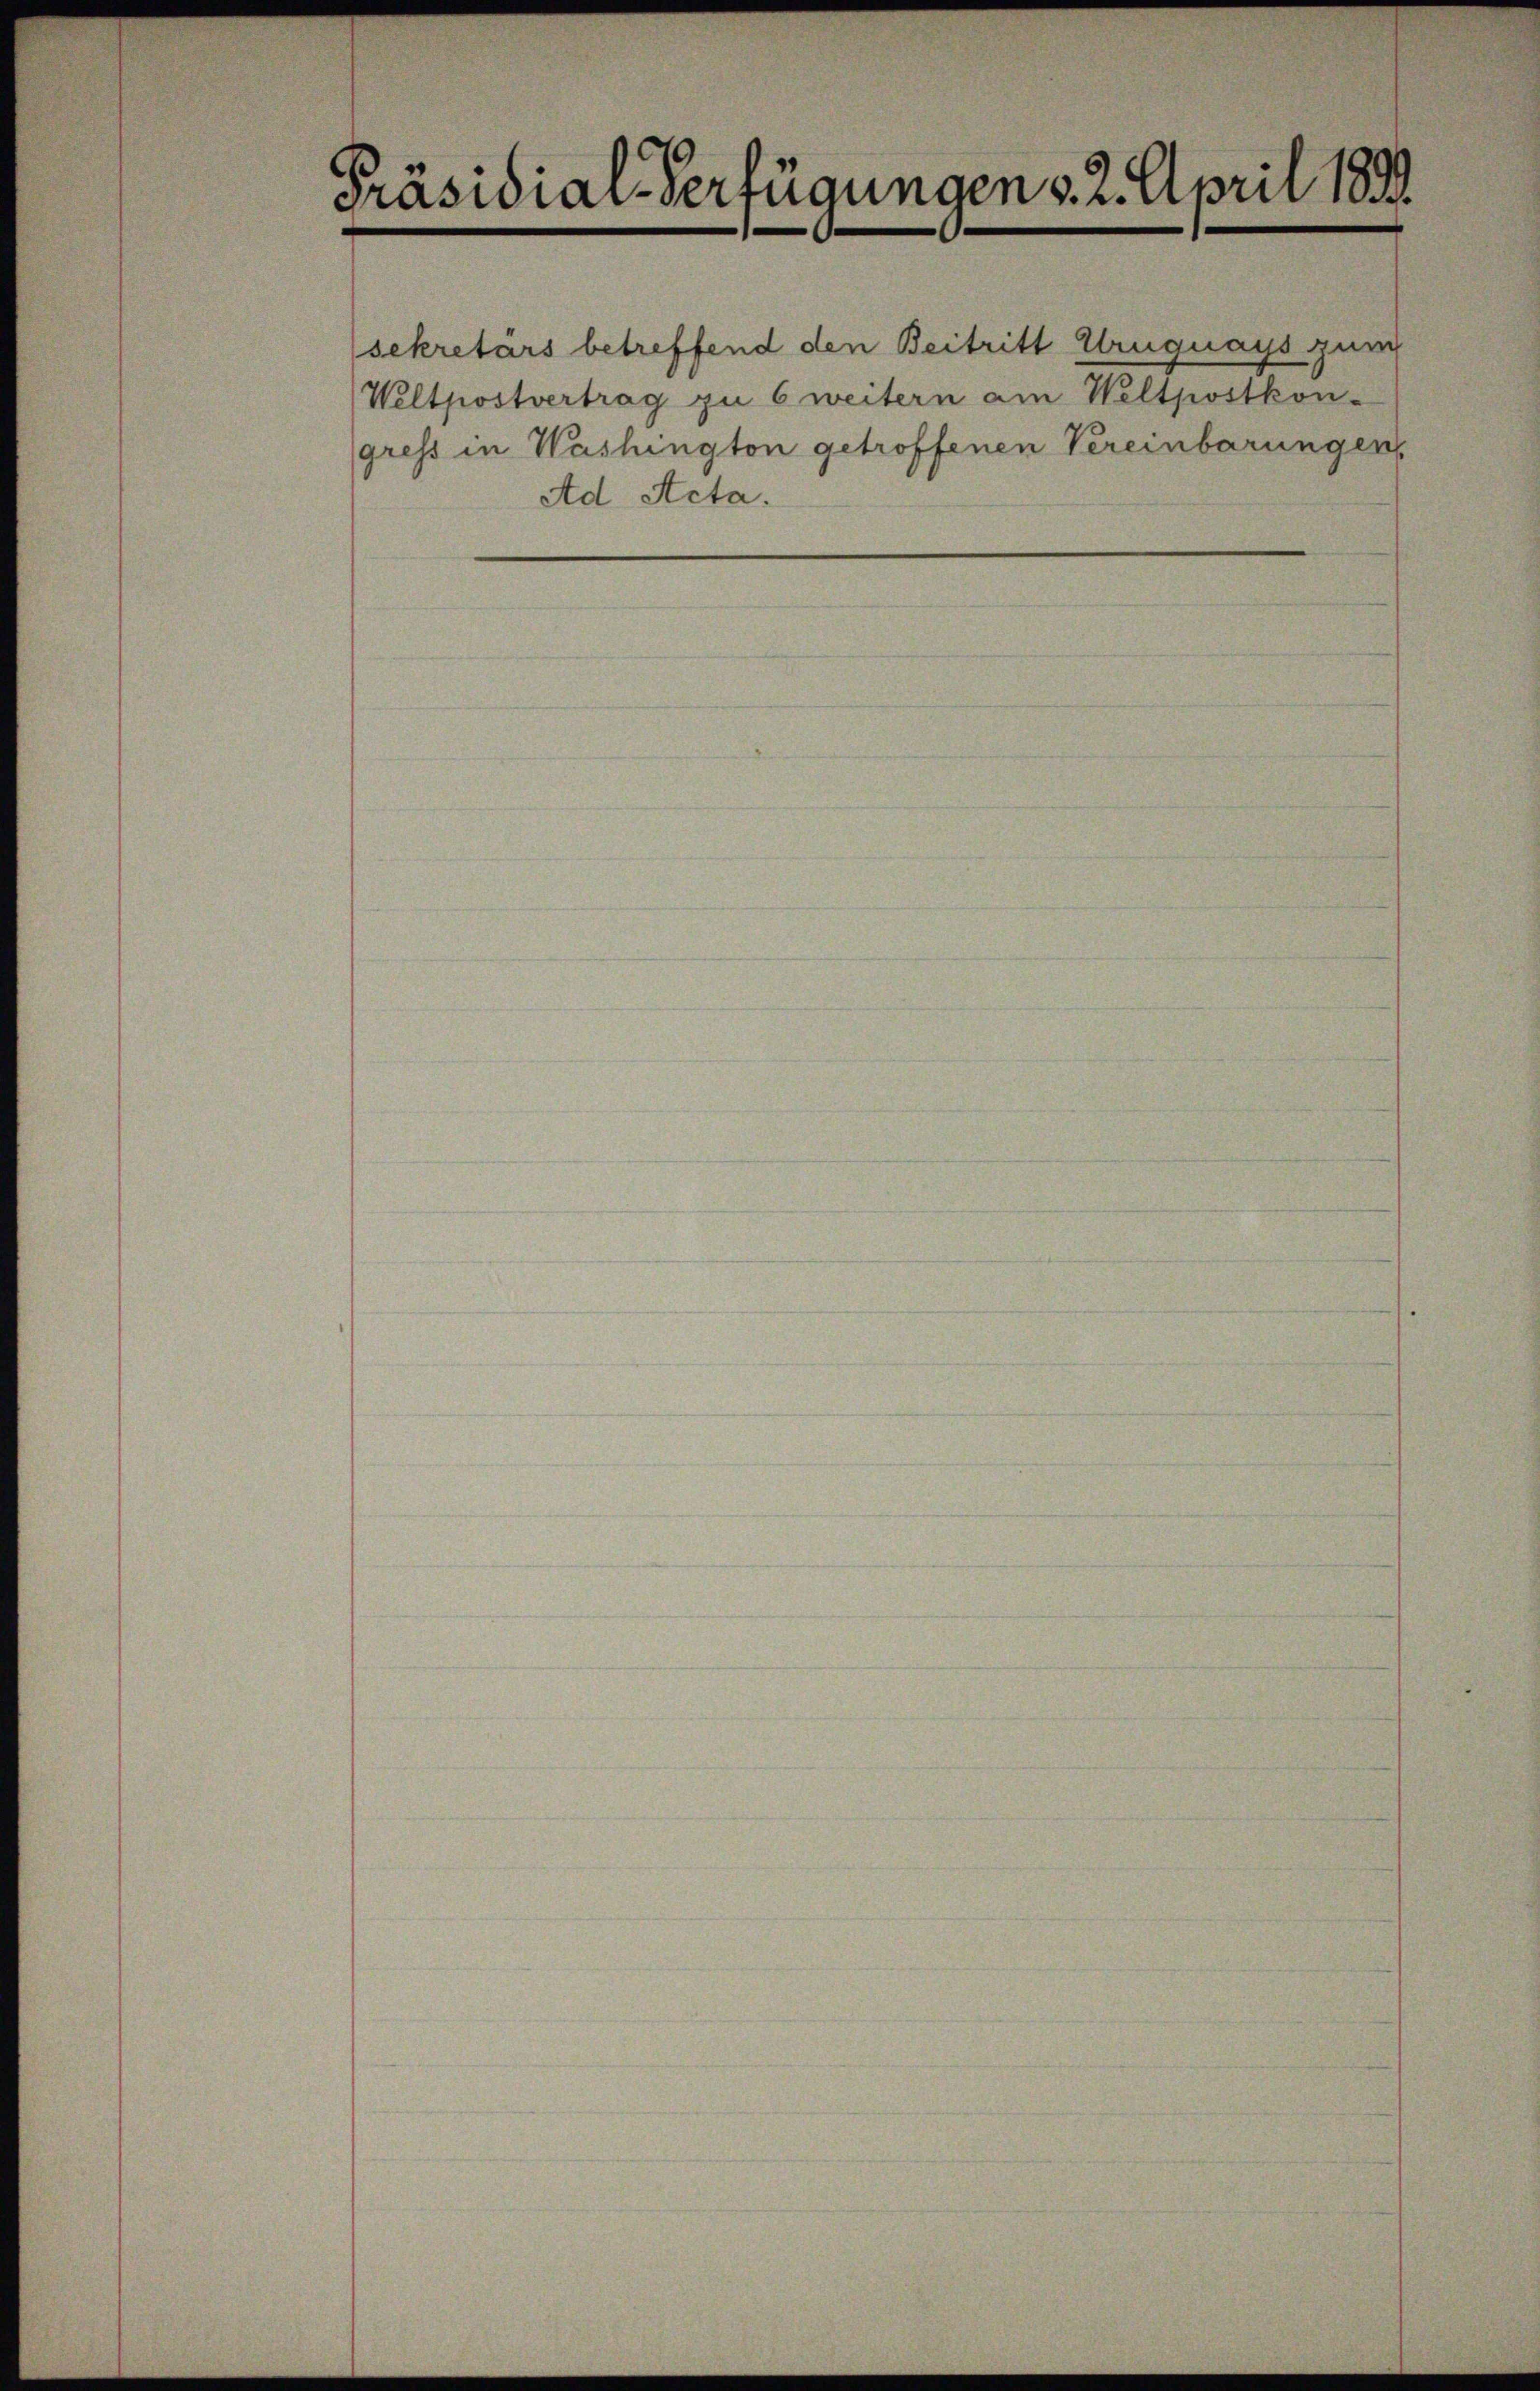
Präsidial-Verfügungen d. 2. April 1890.

sekretärs betreffend den Beitritt Uruguays zum
Weltpostvertrag zu 6 weitern am Weltpostkon-
gress in Washington getroffenen Vereinbarungen

Ad Acta.